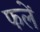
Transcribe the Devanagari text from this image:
फलें